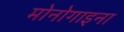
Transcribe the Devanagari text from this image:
मोनोगाइना